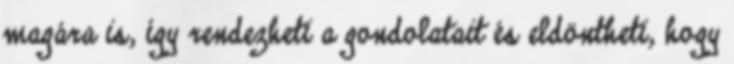
magára is, így rendezheti a gondolatait és eldöntheti, hogy